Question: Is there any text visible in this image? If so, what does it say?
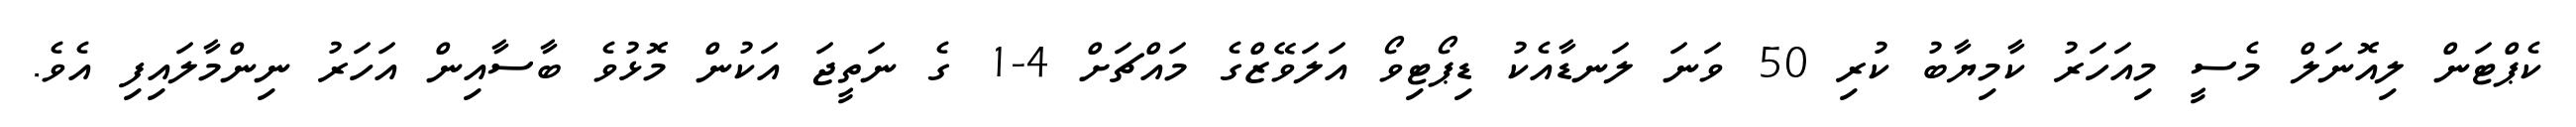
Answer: ކެޕްޓަން ލިއޮނަލް މެސީ މިއަހަރު ކާމިޔާބު ކުރި 50 ވަނަ ލަނޑާއެކު ޑިޕޯޓިވޯ އަލަވޭޒްގެ މައްޗަށް 4-1 ގެ ނަތީޖަ އަކުން މޮޅުވެ ބާސާއިން އަހަރު ނިންމާލައިފި އެވެ.